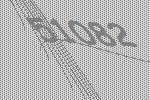
51082